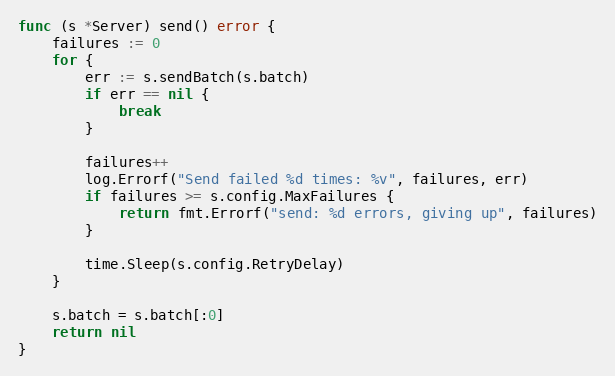
Language: Go
func (s *Server) send() error {
	failures := 0
	for {
		err := s.sendBatch(s.batch)
		if err == nil {
			break
		}

		failures++
		log.Errorf("Send failed %d times: %v", failures, err)
		if failures >= s.config.MaxFailures {
			return fmt.Errorf("send: %d errors, giving up", failures)
		}

		time.Sleep(s.config.RetryDelay)
	}

	s.batch = s.batch[:0]
	return nil
}